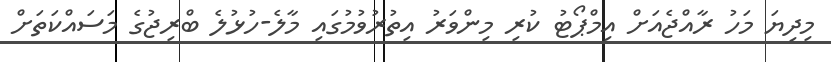
މިދިޔަ މަހު ރާއްޖެއަށް އިމްޕޯޓު ކުރި މިންވަރު އިތުރުވުމުގައި މާލެ-ހުޅުލެ ބްރިޖުގެ މަސައްކަތަށް